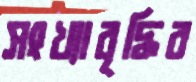
সংখ্যাবৃদ্ধির